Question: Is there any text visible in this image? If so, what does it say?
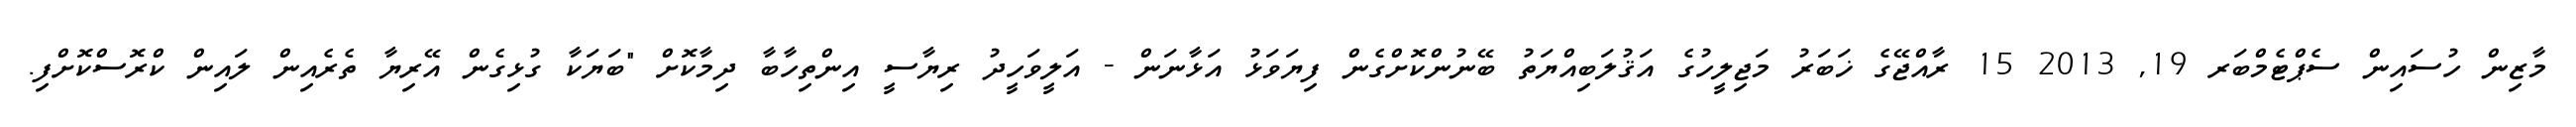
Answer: މާޒިން ހުސައިން ސެޕްޓެމްބަރ 19, 2013 15 ރާއްޖޭގެ ޚަބަރު މަޖިލީހުގެ އަޤުލަބިއްޔަތު ބޭނުންކޮށްގެން ފިޔަވަޅު އަޅާނަން - އަލީވަހީދު ރިޔާސީ އިންތިހާބާ ދިމާކޮށް "ބަޔަކާ ގުޅިގެން އޭރިޔާ ތެރެއިން ލައިން ކްރޮސްކޮށްފި.